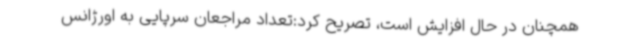
همچنان در حال افزایش است، تصریح کرد:تعداد مراجعان سرپایی به اورژانس